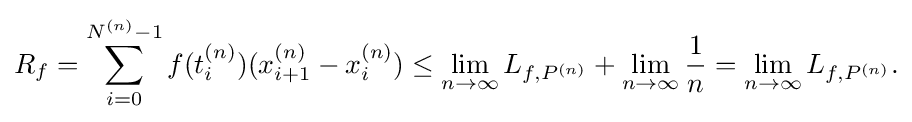
{\begin{aligned}R_{f}=\sum _{i=0}^{N^{(n)}-1}f(t_{i}^{(n)})(x_{i+1}^{(n)}-x_{i}^{(n)})\leq \lim _{n\to \infty }L_{f,P^{(n)}}+\lim _{n\to \infty }{\frac {1}{n}}=\lim _{n\to \infty }L_{f,P^{(n)}}.\end{aligned}}